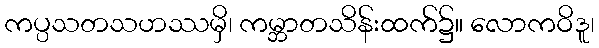
ကပ္ပသတသဟဿမှိ၊ ကမ္ဘာတသိန်းထက်၌။ လောကဝိဒူ၊